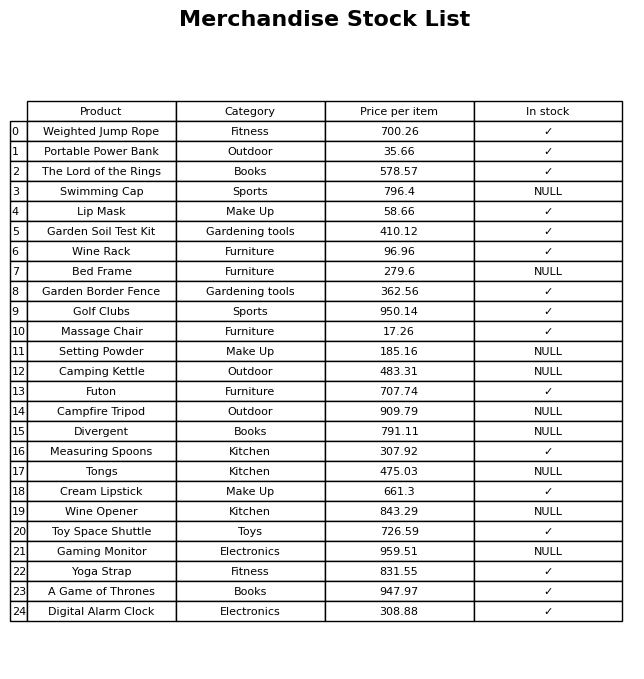
question: Which products are currently out of stock?
answer: Swimming Cap, Bed Frame, Setting Powder, Camping Kettle, Campfire Tripod, Divergent, Tongs, Wine Opener, Gaming Monitor